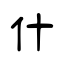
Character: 什